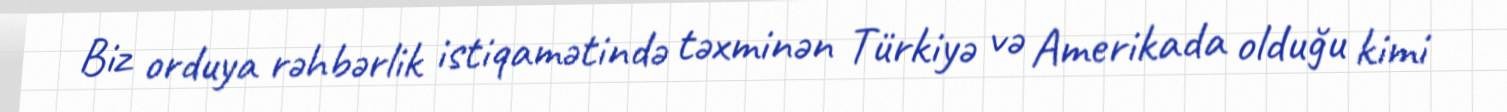
Biz orduya rəhbərlik istiqamətində təxminən Türkiyə və Amerikada olduğu kimi